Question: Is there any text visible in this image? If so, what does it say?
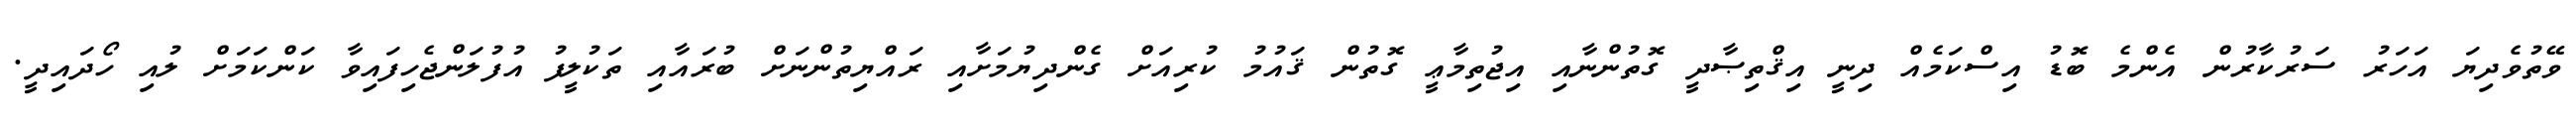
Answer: ވޭތުވެދިޔަ އަހަރު ސަރުކާރުން އެންމެ ބޮޑު އިސްކަމެއް ދިނީ އިޤްތިޞާދީ ގޮތުންނާއި އިޖުތިމާޢީ ގޮތުން ޤައުމު ކުރިއަށް ގެންދިޔުމަށާއި ރައްޔިތުންނަށް ބުރައާއި ތަކުލީފު އުފުލަންޖެހިފައިވާ ކަންކަމަށް ލުއި ހޯދައިދީ.